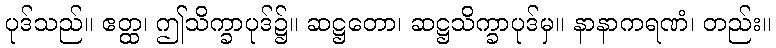
ပုဒ်သည်။ ဧတ္ထ၊ ဤသိက္ခာပုဒ်၌။ ဆဋ္ဌတော၊ ဆဋ္ဌသိက္ခာပုဒ်မှ။ နာနာကရဏံ၊ တည်း။